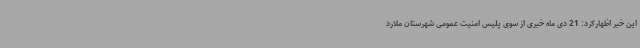
این خبر اظهارکرد: 21 دی ماه خبری از سوی پلیس امنیت عمومی شهرستان ملارد